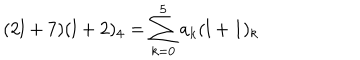
( 2 l + 7 ) ( l + 2 ) _ { 4 } = \sum _ { k = 0 } ^ { 5 } a _ { k } ( l + 1 ) _ { k }